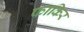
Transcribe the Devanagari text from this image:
फाकिर